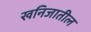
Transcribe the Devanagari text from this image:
खनिजातील